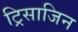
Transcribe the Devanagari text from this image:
ट्रिसाजिन